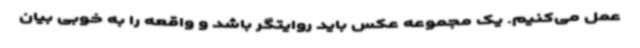
عمل می‌کنیم. یک مجموعه عکس باید روایتگر باشد و واقعه را به خوبی بیان